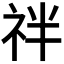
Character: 𥘽